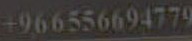
966556694779+